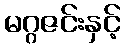
မဂ္ဂဇင်းနှင့်